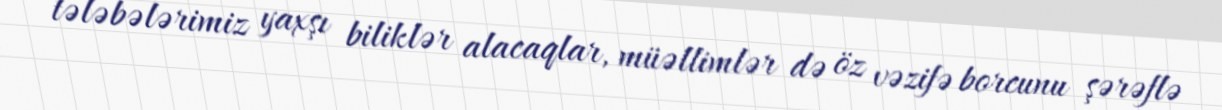
tələbələrimiz yaxşı biliklər alacaqlar, müəllimlər də öz vəzifə borcunu şərəflə